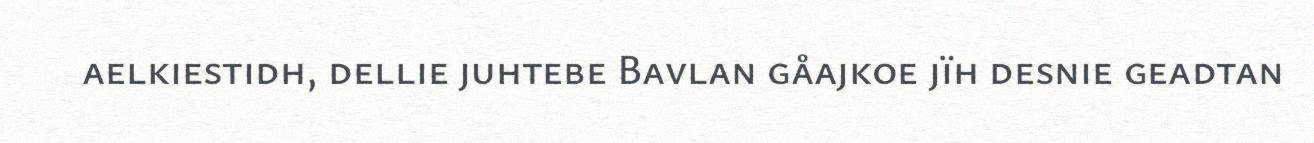
aelkiestidh, dellie juhtebe Bavlan gåajkoe jïh desnie geadtan